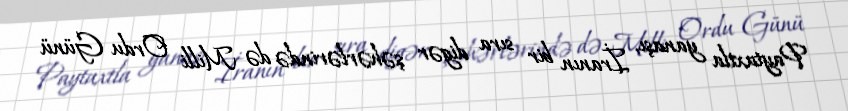
Paytaxtla yanaşı, İranın bir sıra digər şəhərlərində də Milli Ordu Günü